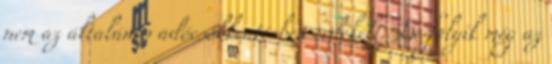
nem az általános adócsökkentésben érdekelt. De folyik még az